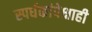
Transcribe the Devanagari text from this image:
स्पर्धकांपेक्षाही